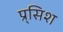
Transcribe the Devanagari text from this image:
प्र्सिश